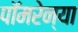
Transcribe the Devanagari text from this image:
पॉमरेन्या